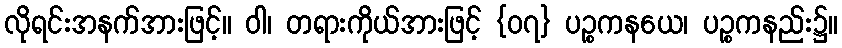
လိုရင်းအနက်အားဖြင့်။ ဝါ၊ တရားကိုယ်အားဖြင့် {၀၇} ပဉ္စကနယေ၊ ပဉ္စကနည်း၌။